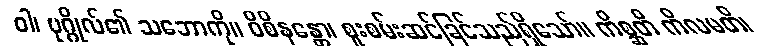
ဝါ၊ ပုဂ္ဂိုလ်၏ သဘောကို။ ဝိစိနန္တော၊ စူးစမ်းဆင်ခြင်သည်ရှိသော်။ ကိစ္ဆတိ ကိလမတိ၊